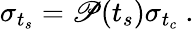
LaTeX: \sigma_{t_{s}}=\mathscr{P}(t_{s})\sigma_{t_{c}}~.